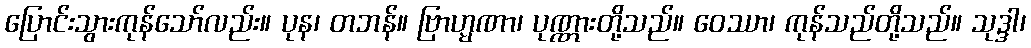
ပြောင်းသွားကုန်သော်လည်း။ ပုန၊ တဘန်။ ဗြာဟ္မဏာ၊ ပုဏ္ဏားတို့သည်။ ဝေဿာ၊ ကုန်သည်တို့သည်။ သုဒ္ဒါ၊